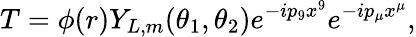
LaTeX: T=\phi(r)Y_{L,m}(\theta_{1},\theta_{2})e^{-ip_{9}x^{9}}e^{-ip_{\mu}x^{\mu}},